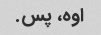
اوه، پس.